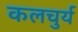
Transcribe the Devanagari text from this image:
कलचुर्य